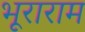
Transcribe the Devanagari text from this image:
भूराराम